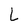
Character: L